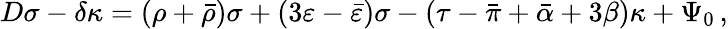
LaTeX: D\sigma-\delta\kappa=(\rho+{\bar{\rho}})\sigma+(3\varepsilon-{\bar{\varepsilon}})\sigma-(\tau-{\bar{\pi}}+{\bar{\alpha}}+3\beta)\kappa+\Psi_{0}\, ,